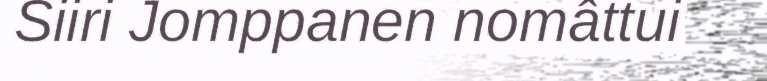
Siiri Jomppanen nomâttui